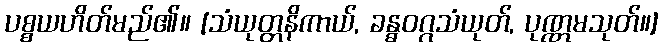
ပစ္စယဟိတ်မည်၏။ [သံယုတ္တနိကာယ်, ခန္ဓဝဂ္ဂသံယုတ်, ပုဏ္ဏမသုတ်။]